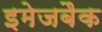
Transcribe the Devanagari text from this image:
इमेजबैक